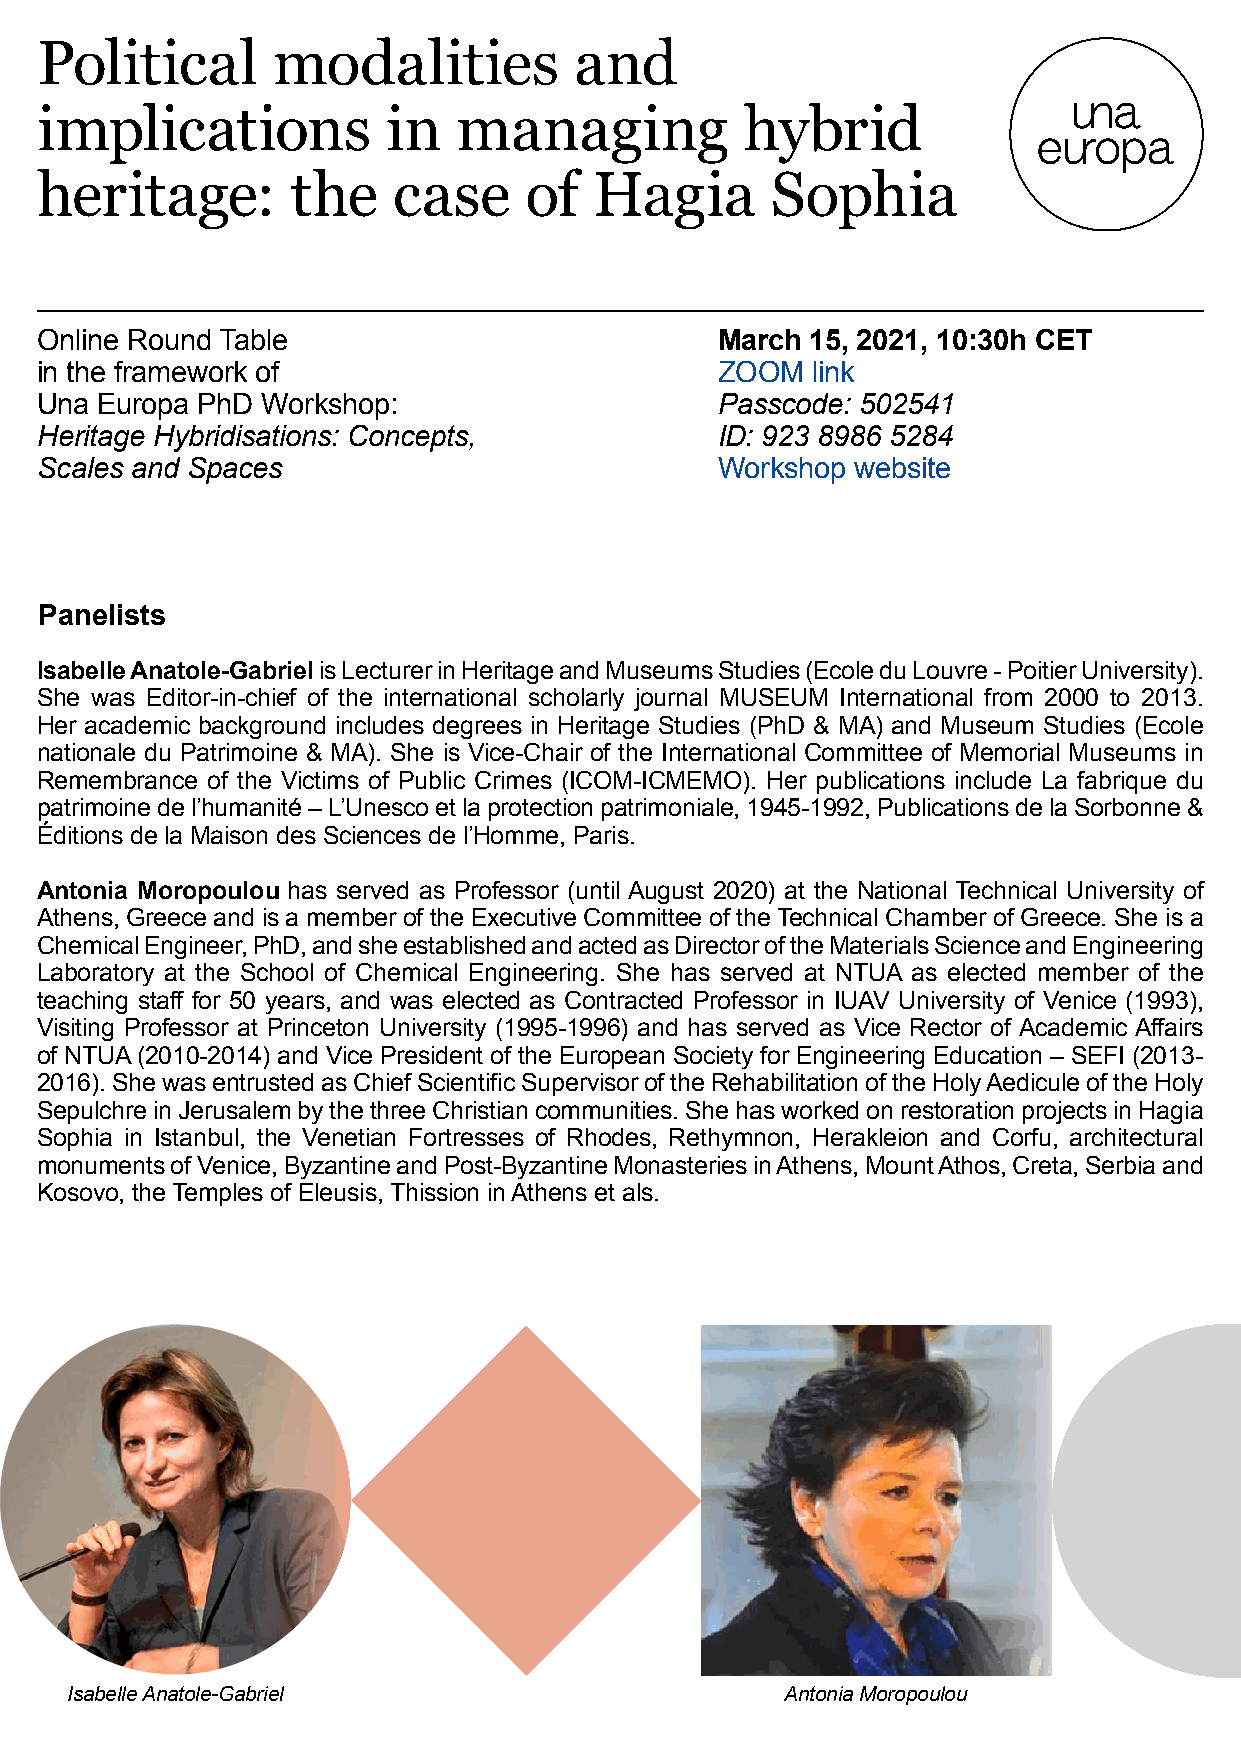
Political       modalities          and
 implications            in  managing           hybrid
 heritage:        the    case     of  Hagia       Sophia
 Online Round Table                           March  15, 2021, 10:30h CET
 in the framework of                          ZOOM   link
 Una Europa PhD Workshop:                     Passcode: 502541
 Heritage Hybridisations: Concepts,           ID: 923 8986 5284
 Scales and Spaces                            Workshop  website
 Panelists
 Isabelle Anatole-Gabriel is Lecturer in Heritage and Museums Studies (Ecole du Louvre - Poitier University).
 She was Editor-in-chief of the international scholarly journal MUSEUM International from 2000 to 2013.
 Her academic background includes degrees in Heritage Studies (PhD & MA) and Museum Studies (Ecole
 nationale du Patrimoine & MA). She is Vice-Chair of the International Committee of Memorial Museums in
 Remembrance of the Victims of Public Crimes (ICOM-ICMEMO). Her publications include La fabrique du
 patrimoine de l’humanité – L’Unesco et la protection patrimoniale, 1945-1992, Publications de la Sorbonne &
 Éditions de la Maison des Sciences de l’Homme, Paris.
 Antonia Moropoulou has served as Professor (until August 2020) at the National Technical University of
 Athens, Greece and is a member of the Executive Committee of the Technical Chamber of Greece. She is a
 Chemical Engineer, PhD, and she established and acted as Director of the Materials Science and Engineering
 Laboratory at the School of Chemical Engineering. She has served at NTUA as elected member of the
 teaching staff for 50 years, and was elected as Contracted Professor in IUAV University of Venice (1993),
 Visiting Professor at Princeton University (1995-1996) and has served as Vice Rector of Academic Affairs
 of NTUA (2010-2014) and Vice President of the European Society for Engineering Education – SEFI (2013-
 2016). She was entrusted as Chief Scientific Supervisor of the Rehabilitation of the Holy Aedicule of the Holy
 Sepulchre in Jerusalem by the three Christian communities. She has worked on restoration projects in Hagia
 Sophia in Istanbul, the Venetian Fortresses of Rhodes, Rethymnon, Herakleion and Corfu, architectural
 monuments of Venice, Byzantine and Post-Byzantine Monasteries in Athens, Mount Athos, Creta, Serbia and
 Kosovo, the Temples of Eleusis, Thission in Athens et als.
 Isabelle Anatole-Gabriel                        Antonia Moropoulou